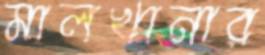
মালখানার